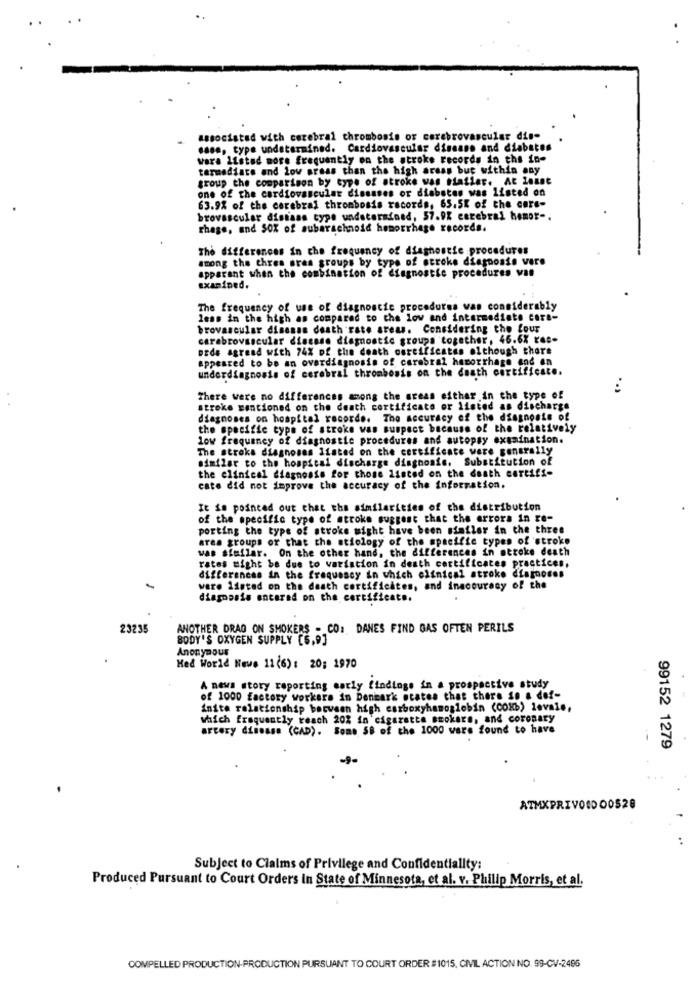
associated with cerebral thrombosis or cerebrovascular dis-
.ass, type undetermined. Cardiovascular disease and diabetes
wara Listad more frequently on the stroke records in the in-
tarmediate and low areas than the high areas but within any
group the comparison by type of stroke was fiatier. At Least
one of the cardiovascular diseases or diabetes was listed on
63.9% of the cerebral thrombosis records, 65.5K of the cars-
brovascular distans type undetermined, 57.9% cerebral hemor -.
rhage, and SOX of subarachnoid hemorrhage records.
The differences in che frequency of diashostie procedures
among the chres ares groups by type of stroke diagnosis vers
apparant when the combination of diagnosthe procedures vat
examined.
The frequency of use of diagnostic procedures was considerably
less in the high as compared to the low and intermediate cara-
brovascular disease death rate areas. Considering the four
cerebrovascular disease diagnostic groups together, 46.6% rac-
prde agreed with 74% of the death certificates although thore
appeared to be an overdiagnosis of carebral hemorrhage and en
underdiagnosis of cerebral thrombosis on the death certificate.
There were no differences among the areas either in the type of
stroke mentioned on the death certificate or listed as discharge
diagnoses on hospital records. The accuracy of the diagnosis of
the specific type of stroke was suspect because of the relatively
low frequency of diagnostic procedures and autopsy examination.
The stroke diagnoses listed on the certificate were generally
similar to the hospital discharge diagnosis. Substitution of
the clinical diagnosis for those Listed on the death certifi-
cate did not improve the accuracy of the information.
It is pointed out that the similarities of the distribution
of the specific type of stroke suggest that the errors in re-
porting the type of stroke might have been similer in the three
ares groups or that the stiology of the specifie types of stroke
was siaflar. On the other hand, the differences in stroke death
rates might be due to variation in death certificates practices.
differences in the frequency in which clinical stroke diagnoses
-
ware listed on the death certificates, and inaccuracy of the
diagnosis encored on the certificate.
23235
ANOTHER DRAG ON SMOKERS - CO: DANES FIND GAS OFTEN PERILS
BODY'S OXYGEN SUPPLY [6,9]
Anonymous
Med World Neve 11(6) : 20: 1970
A news story reporting early findings in a prospective study
of 1000 factory workers in Denmark states that there is a def-
inite relationship between high carboxyhemoglobin (CONb) levais,
which frequently reach 20% in cigarette smokere, and coronary
artery disease (CAD). Some SB of the 1000 wars found to have
99152 1279
ATMXPRIVOIDO0528
Subject to Claims of Privilege and Confidentiality:
Produced Pursuant to Court Orders in State of Minnesota, et al. v. Philip Morris, et al.
COMPELLED PRODUCTION-PRODUCTION PURSUANT TO COURT ORDER #1015, CIVIL ACTION NO. 99-CV-2486